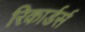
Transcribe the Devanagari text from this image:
रिकार्डर्स